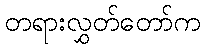
တရားလွှတ်တော်က